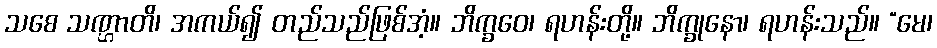
သစေ သဏ္ဌာတိ၊ အကယ်၍ တည်သည်ဖြစ်အံ့။ ဘိက္ခဝေ၊ ရဟန်းတို့။ ဘိက္ခုနော၊ ရဟန်းသည်။ “မေ၊